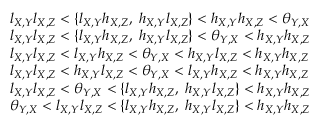
\begin{array} { r l } & { l _ { X , Y } l _ { X , Z } < \{ l _ { X , Y } h _ { X , Z } , \; h _ { X , Y } l _ { X , Z } \} < h _ { X , Y } h _ { X , Z } < \theta _ { Y , X } } \\ & { l _ { X , Y } l _ { X , Z } < \{ l _ { X , Y } h _ { X , Z } , \; h _ { X , Y } l _ { X , Z } \} < \theta _ { Y , X } < h _ { X , Y } h _ { X , Z } } \\ & { l _ { X , Y } l _ { X , Z } < l _ { X , Y } h _ { X , Z } < \theta _ { Y , X } < h _ { X , Y } l _ { X , Z } < h _ { X , Y } h _ { X , Z } } \\ & { l _ { X , Y } l _ { X , Z } < h _ { X , Y } l _ { X , Z } < \theta _ { Y , X } < l _ { X , Y } h _ { X , Z } < h _ { X , Y } h _ { X , Z } } \\ & { l _ { X , Y } l _ { X , Z } < \theta _ { Y , X } < \{ l _ { X , Y } h _ { X , Z } , \; h _ { X , Y } l _ { X , Z } \} < h _ { X , Y } h _ { X , Z } } \\ & { \theta _ { Y , X } < l _ { X , Y } l _ { X , Z } < \{ l _ { X , Y } h _ { X , Z } , \; h _ { X , Y } l _ { X , Z } \} < h _ { X , Y } h _ { X , Z } } \end{array}